King Institute of Preventive Medicine Micro-Biological Section reports 1912-19
Year: 1912
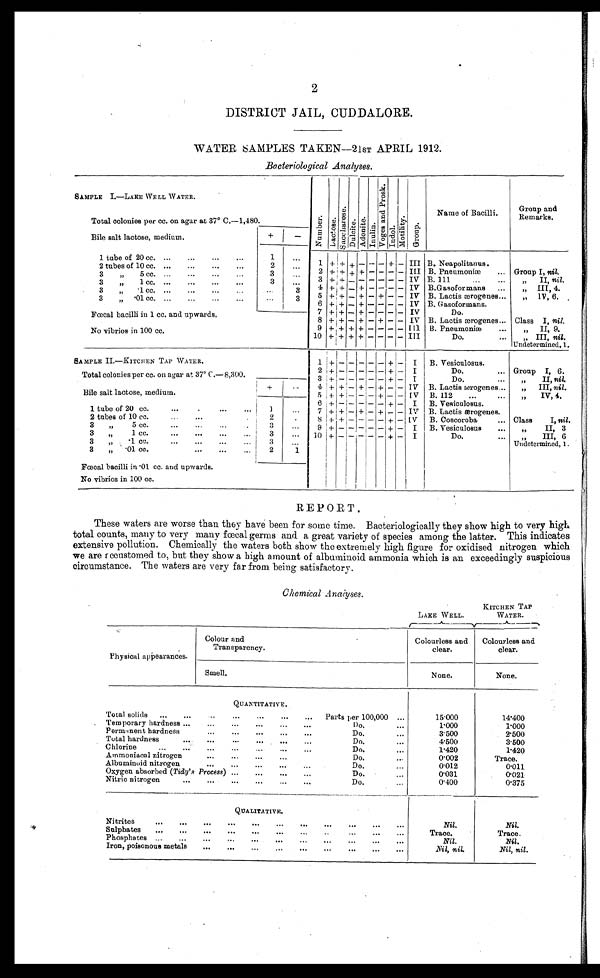
2
DISTRICT JAIL, CUDDALORE.
WATER SAMPLES TAKEN-21sT APRIL 1912.
Bacteriological Analyses .
SAMPLE I.-LAKE WE LL WATER.
Total colonies per cc. on agar at 37° C.-1,480.
Bile salt lactose, medium.
+
−
1 tube of 20 cc.
1
1 + + +
− −
−
+
−
I I I
B. Neapolitanus.
2 tubes of 10 cc.
2
2 + + + + − − − − III B. Pneumoniæ
Group I, nil.
3 „ 5 cc.
3
3
+
+ − − − − − − IV B.111
„ II, nil.
3 „ 1 cc.
3
4
+
+ − + − − − − IV B.Gasoformans
„ III, 4.
3 „ ·1 cc.
3
5 + + − + − + − − IV B. Lactis ærogenes
„ IV, 6.
3 „ ·01 cc.
3
6 + + − + − − − − IV B. Gasoformans.
7 + + − + − − − − I V
Do.
Fœcal bacilli in 1 cc. and upwards.
8 + + − + − + − − IV B. Lactis ærogenes
Class I, nil.
No vibrios in 100 cc.
9 + + + + − − − − III B. Pneumoniæ
„ II, 9.
10
+ + +
+ − − − −
I I I
Do.
„ III, nil.
Undetermined, 1.
SAMPLE II—KITCHEN TAP WATER.
1
+ − − − − − + −
I
B. Vesiculosus.
2
+ − − − − − + −
I
Do.
Group I, 6.
Total colonies per cc. on agar at 37°C.-8,300.
3 + − − − − − + −
I
Do.
„ II, nil.
+
−
4 + + − + − + − − IV B. Lactis ærogenes
„ III, nil .
Bile salt lactose, medium.
5 + + − − − + − − IV B. 112
„ IV, 4.
6
+ − − − − − + −
I
B. Vesiculosus.
1 tube of 20 cc.
1
7 + + − + − + − − IV B. Lactis ærogenes.
2 tubes of 10 cc.
2
8 + + − − − − + − IV
B.Coscoroba
Class I, nil.
3 „ 5 cc.
3
9
+ − − − − − + −
IV
B. Vesiculosus
„ II, 3
3 „ 1 cc.
3
10 + − − − − − + −
I
Do.
„ III, 6
3 „ ·1 cc.
3
Undetermined, 1.
3 „ ·01 cc.
2
1
Fœcal bacilli in ·01 cc. and upwards.
No vibrios in 100 cc.
REPORT.
These waters are worse than they have been for some time. Bacteriologically they show high to very high
total counts, many to very many fœcal germs and a great variety of species among the latter. This indicates
extensive pollution. Chemically the waters both show the extremely high figure for oxidised nitrogen which
we are accustomed to, but they show a high amount of albuminoid ammonia which is an exceedingly suspicious
circumstance. The waters are very far from being satisfactory.
Chemical. Anaiyses .
LAKE WELL.
KITCHEN TAP WATER.
Colour and
Transparency.
Colourless and
clear.
Colourless
and clear.
Smell.
None.
None.
Total solids
Parts per 100,000
15·000
14·400
Temporary hardness
Do.
1 · 0 0 0
1 · 0 0 0
Permanent hardness
Do.
3·500
2·500
Total hardness
Do.
4·500
3·500
Chlorine
Do.
1·420
1·420
Ammoniacal nitrogen
Do.
0·002
Trace.
Albuminoid nitrogen
Do.
0·012
0·011
Oxygen absorbed ( Tidy' s Process) Do.
0·031
0·021
Nitric nitrogen
Do.
0·400
0·375
Nil.
Nil.
Trace.
Trace.
Nil.
Nil .
Nil, nil.
Nil, nil.